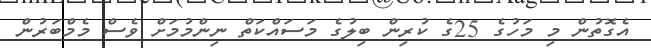
އެގޮތުން މި މަހުގެ 25ގެ ކުރިން ބިލުގެ މަސައްކަތް ނިންމުމަށް ވެސް މެމްބަރުން